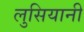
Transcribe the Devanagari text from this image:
लुसियानी